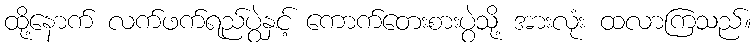
ထို့နောက် လက်ဖက်ရည်ပွဲနှင့် ကောက်တေးစားပွဲသို့ အားလုံး ထလာကြသည်။